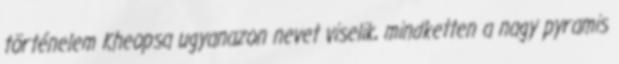
történelem Kheopsa ugyanazon nevet viselik, mindketten a nagy pyramis